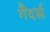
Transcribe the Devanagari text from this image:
गैदर्स